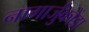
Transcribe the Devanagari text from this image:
नागार्जुकोंडा